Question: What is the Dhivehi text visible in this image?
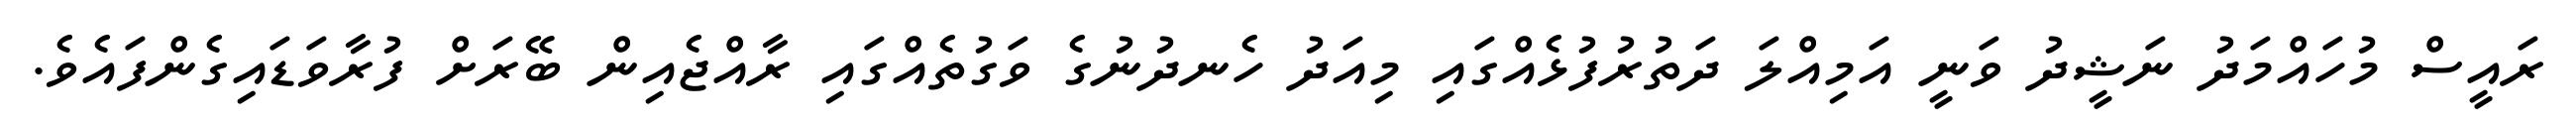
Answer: ރައީސް މުހައްމަދު ނަޝީދު ވަނީ އަމިއްލަ ދަތުރުފުޅެއްގައި މިއަދު ހެނދުނުގެ ވަގުތެއްގައި ރާއްޖެއިން ބޭރަށް ފުރާވަޑައިގެންފައެވެ.